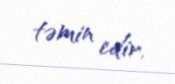
təmin edir.